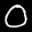
Label: 0